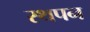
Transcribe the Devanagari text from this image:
स्थपन